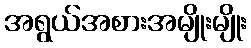
အရွယ်အစားအမျိုးမျိုး